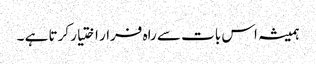
ہمیشہ اس بات سے راہ فرار اختیار کرتا ہے ۔